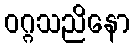
ဝဂ္ဂသညိနော